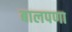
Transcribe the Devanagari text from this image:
बालपणा